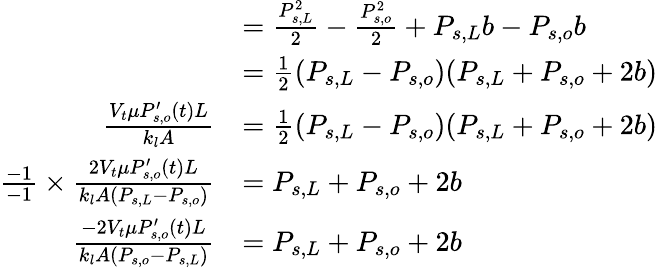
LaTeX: \begin{array}{rl}&{=\frac{P_{s,L}^{2}}{2}-\frac{P_{s,o}^{2}}{2}+P_{s,L}b-P_{s,o}b}\\ &{=\frac{1}{2}(P_{s,L}-P_{s,o})(P_{s,L}+P_{s,o}+2b)}\\ {\frac{V_{t}\mu P_{s,o}^{\prime}(t)L}{k_{l}A}}&{=\frac{1}{2}(P_{s,L}-P_{s,o})(P_{s,L}+P_{s,o}+2b)}\\ {\frac{-1}{-1}\times\frac{2V_{t}\mu P_{s,o}^{\prime}(t)L}{k_{l}A(P_{s,L}-P_{s,o})}}&{=P_{s,L}+P_{s,o}+2b}\\ {\frac{-2V_{t}\mu P_{s,o}^{\prime}(t)L}{k_{l}A(P_{s,o}-P_{s,L})}}&{=P_{s,L}+P_{s,o}+2b}\end{array}